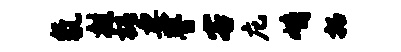
氛拄槐妻瞢客庀峭拓